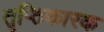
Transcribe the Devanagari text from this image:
तृप्तिकारक